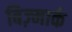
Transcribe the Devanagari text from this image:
बिज़्मार्क